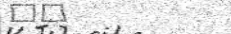
٦٦